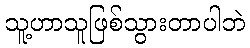
သူ့ဟာသူဖြစ်သွားတာပါဘဲ